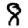
Digit: 8